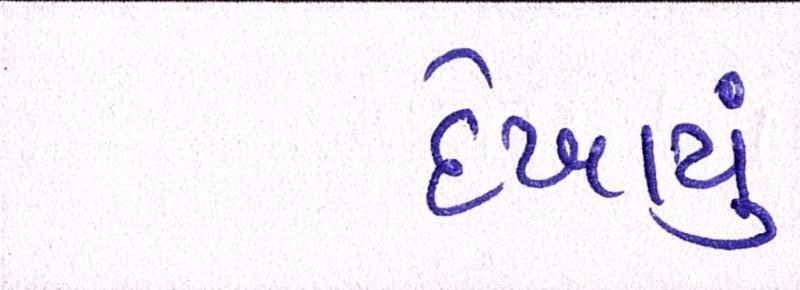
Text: દેખાયું